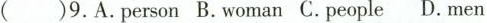
( )9.A.Person B.Woman C.People D.men